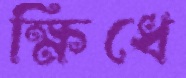
ক্ষিধে